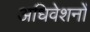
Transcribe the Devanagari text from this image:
अधिवेशनोँ